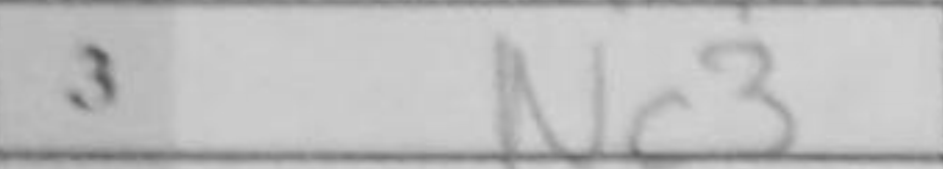
Transcription: Nc3